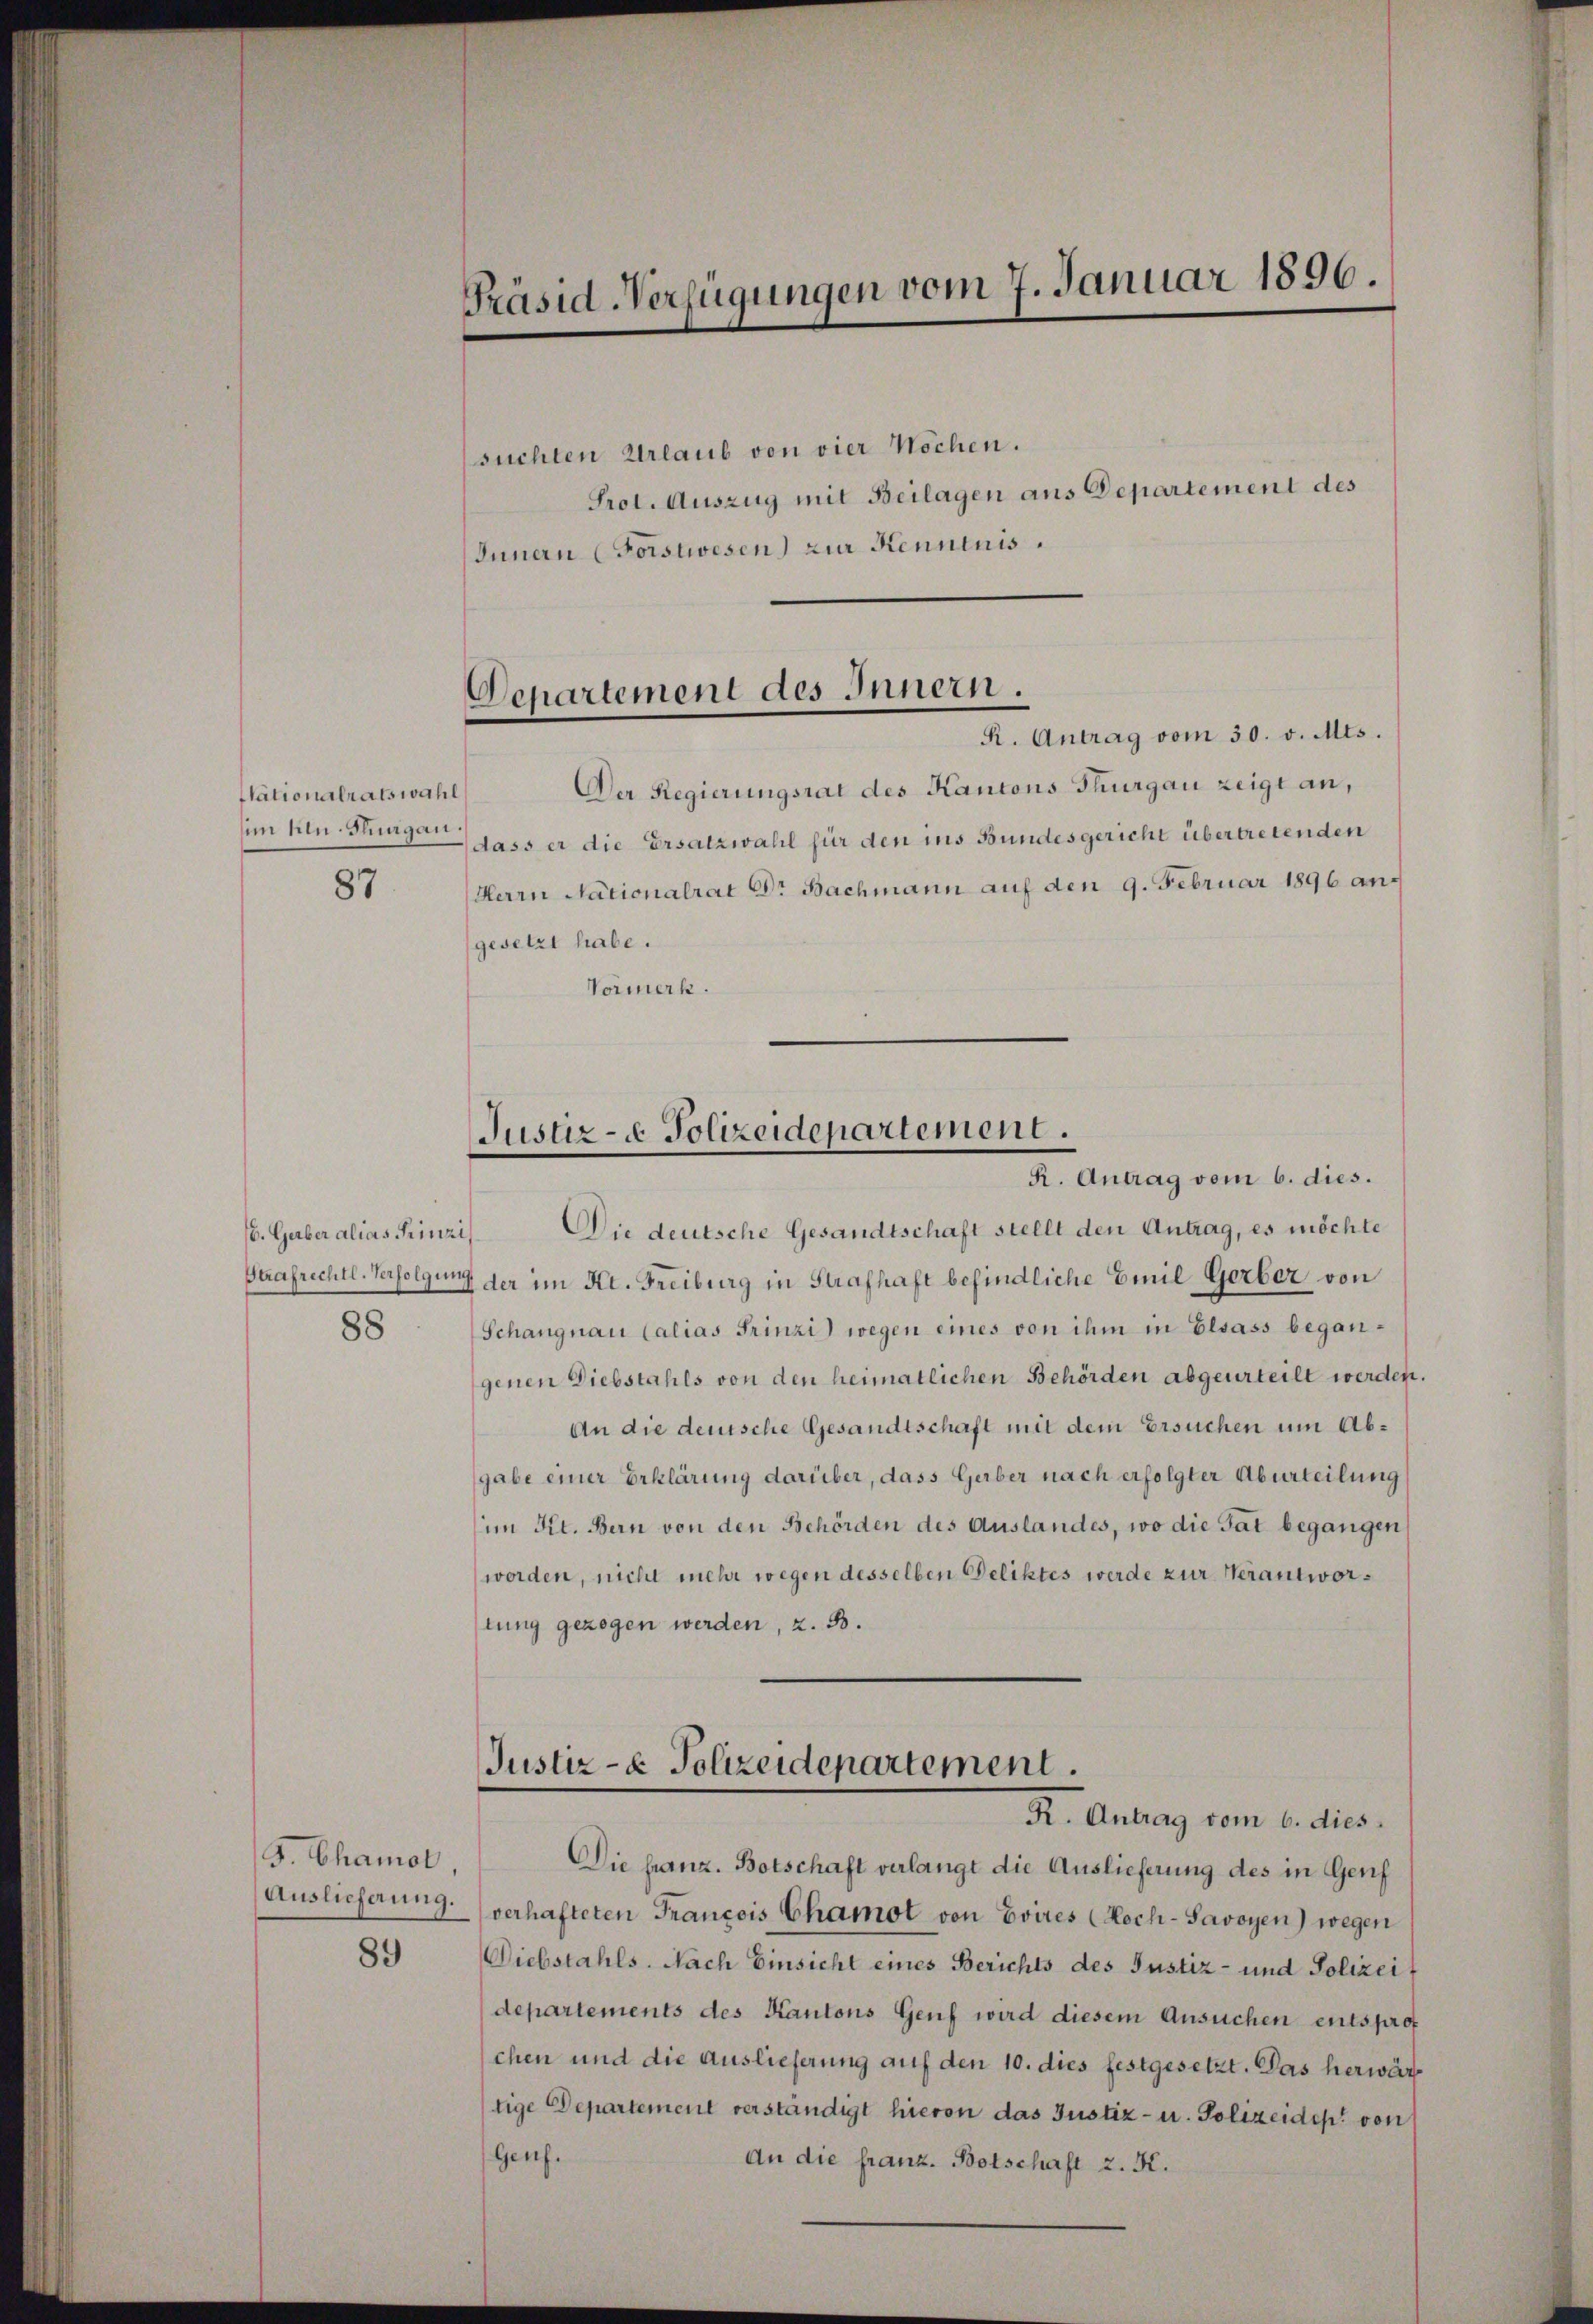
Stationalratswahl
im hin. Thurgau.
87

6. Gerber alias Prinzi

88

J. Chamol,
Auslieferung.

89

Präsid-Verfügungen vom 7. Januar 1890.

suchten Urlaub von vier Wochen.

Departement des Innern.

Prot. Auszug mit Beilagen aus Departement des
Innern (Forstwesen) zur Kenntnis.

R. Antrag vom 30. v. Mts.
Der Regierungsrat des Kantons Thurgau zeigt an,
dass er die Ersatzwahl für den ins Bundesgericht übertretenden
Herrn Nationalrat Dr Bachmann auf den 9. Februar 1896 an
gesetzt habe.
Vormerk.

Die deutsche Gesandtschaft stellt den Antrag, es möchte
Strafrechtl. Verfolgung der im Kt. Freiburg in Strafhaft befindliche Emil Gerber von
Schangnau Calias Trinzi) wegen eines von ihm in Elsass begangenen Diebstahls von den heimatlichen Behörden abgeurteilt werden.
An die deutsche Gesandtschaft mit dem Ersuchen um Abgabe einer Erklärung darüber, dass Gerber nach erfolgter Aburteilung
im Kt. Bern von den Behörden des Auslandes, wo die Tat begangen
worden, nicht mehr wegen desselben Deliktes werde zur Verantwortung gezogen werden, z. B.

Justiz- & Polizeidepartement.
R. Antrag vom 6. dies.

Justiz- & Polizeidepartement.
K. Antrag vom 6. dies

Die franz. Botschaft verlangt die Auslieferung des in Genf
verhafteten Francois Chamot von Evires (Koch-Savoyen) wegen
Diebstahls. Nach Einsicht eines Berichts des Justiz- und Polizeif
departements des Kantons Genf wird diesem Ansuchen entsprof
chen und die Auslieferung auf den 10. dies festgesetzt. Das herwärtige Departement verständigt hievon das Justiz- u. Polizeides von
Genf.
An die franz. Botschaft z. K.